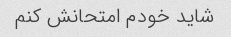
شاید خودم امتحانش کنم